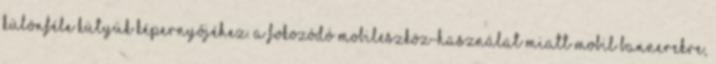
különféle kütyük képernyőjéhez. A fokozódó mobileszköz-használat miatt mobil bannerekre,